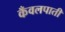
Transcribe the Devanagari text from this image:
कँवलपाती